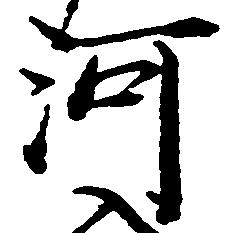
河